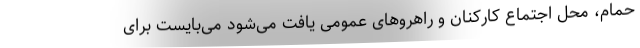
حمام، محل اجتماع کارکنان و راهروهای عمومی یافت می‌شود می‌بایست برای